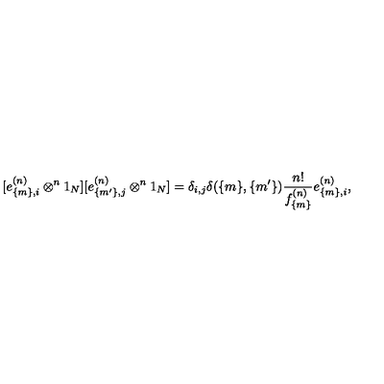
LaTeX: [ e _ { \{ m \} , i } ^ { ( n ) } \otimes ^ { n } 1 _ { N } ] [ e _ { \{ m ^ { \prime } \} , j } ^ { ( n ) } \otimes ^ { n } 1 _ { N } ] = \delta _ { i , j } \delta ( \{ m \} , \{ m ^ { \prime } \} ) \frac { n ! } { f _ { \{ m \} } ^ { ( n ) } } e _ { \{ m \} , i } ^ { ( n ) } ,